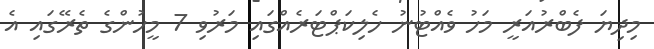
މިދިޔަ ފެބްރުއަރީ މަހު ވެއްޓުނު ހެލިކަޕްޓަރެއްގައި މަރުވި 7 މީހުންގެ ތެރޭގައި އެ